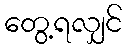
တွေ့ရလျှင်